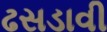
ઢસડાવી